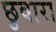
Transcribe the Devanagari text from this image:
छुवारा